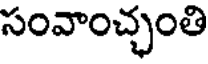
సంవాంచ్చంతి